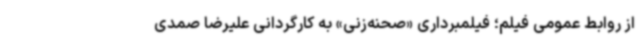
از روابط عمومی فیلم؛ فیلمبرداری «صحنه‌زنی» به کارگردانی علیرضا صمدی